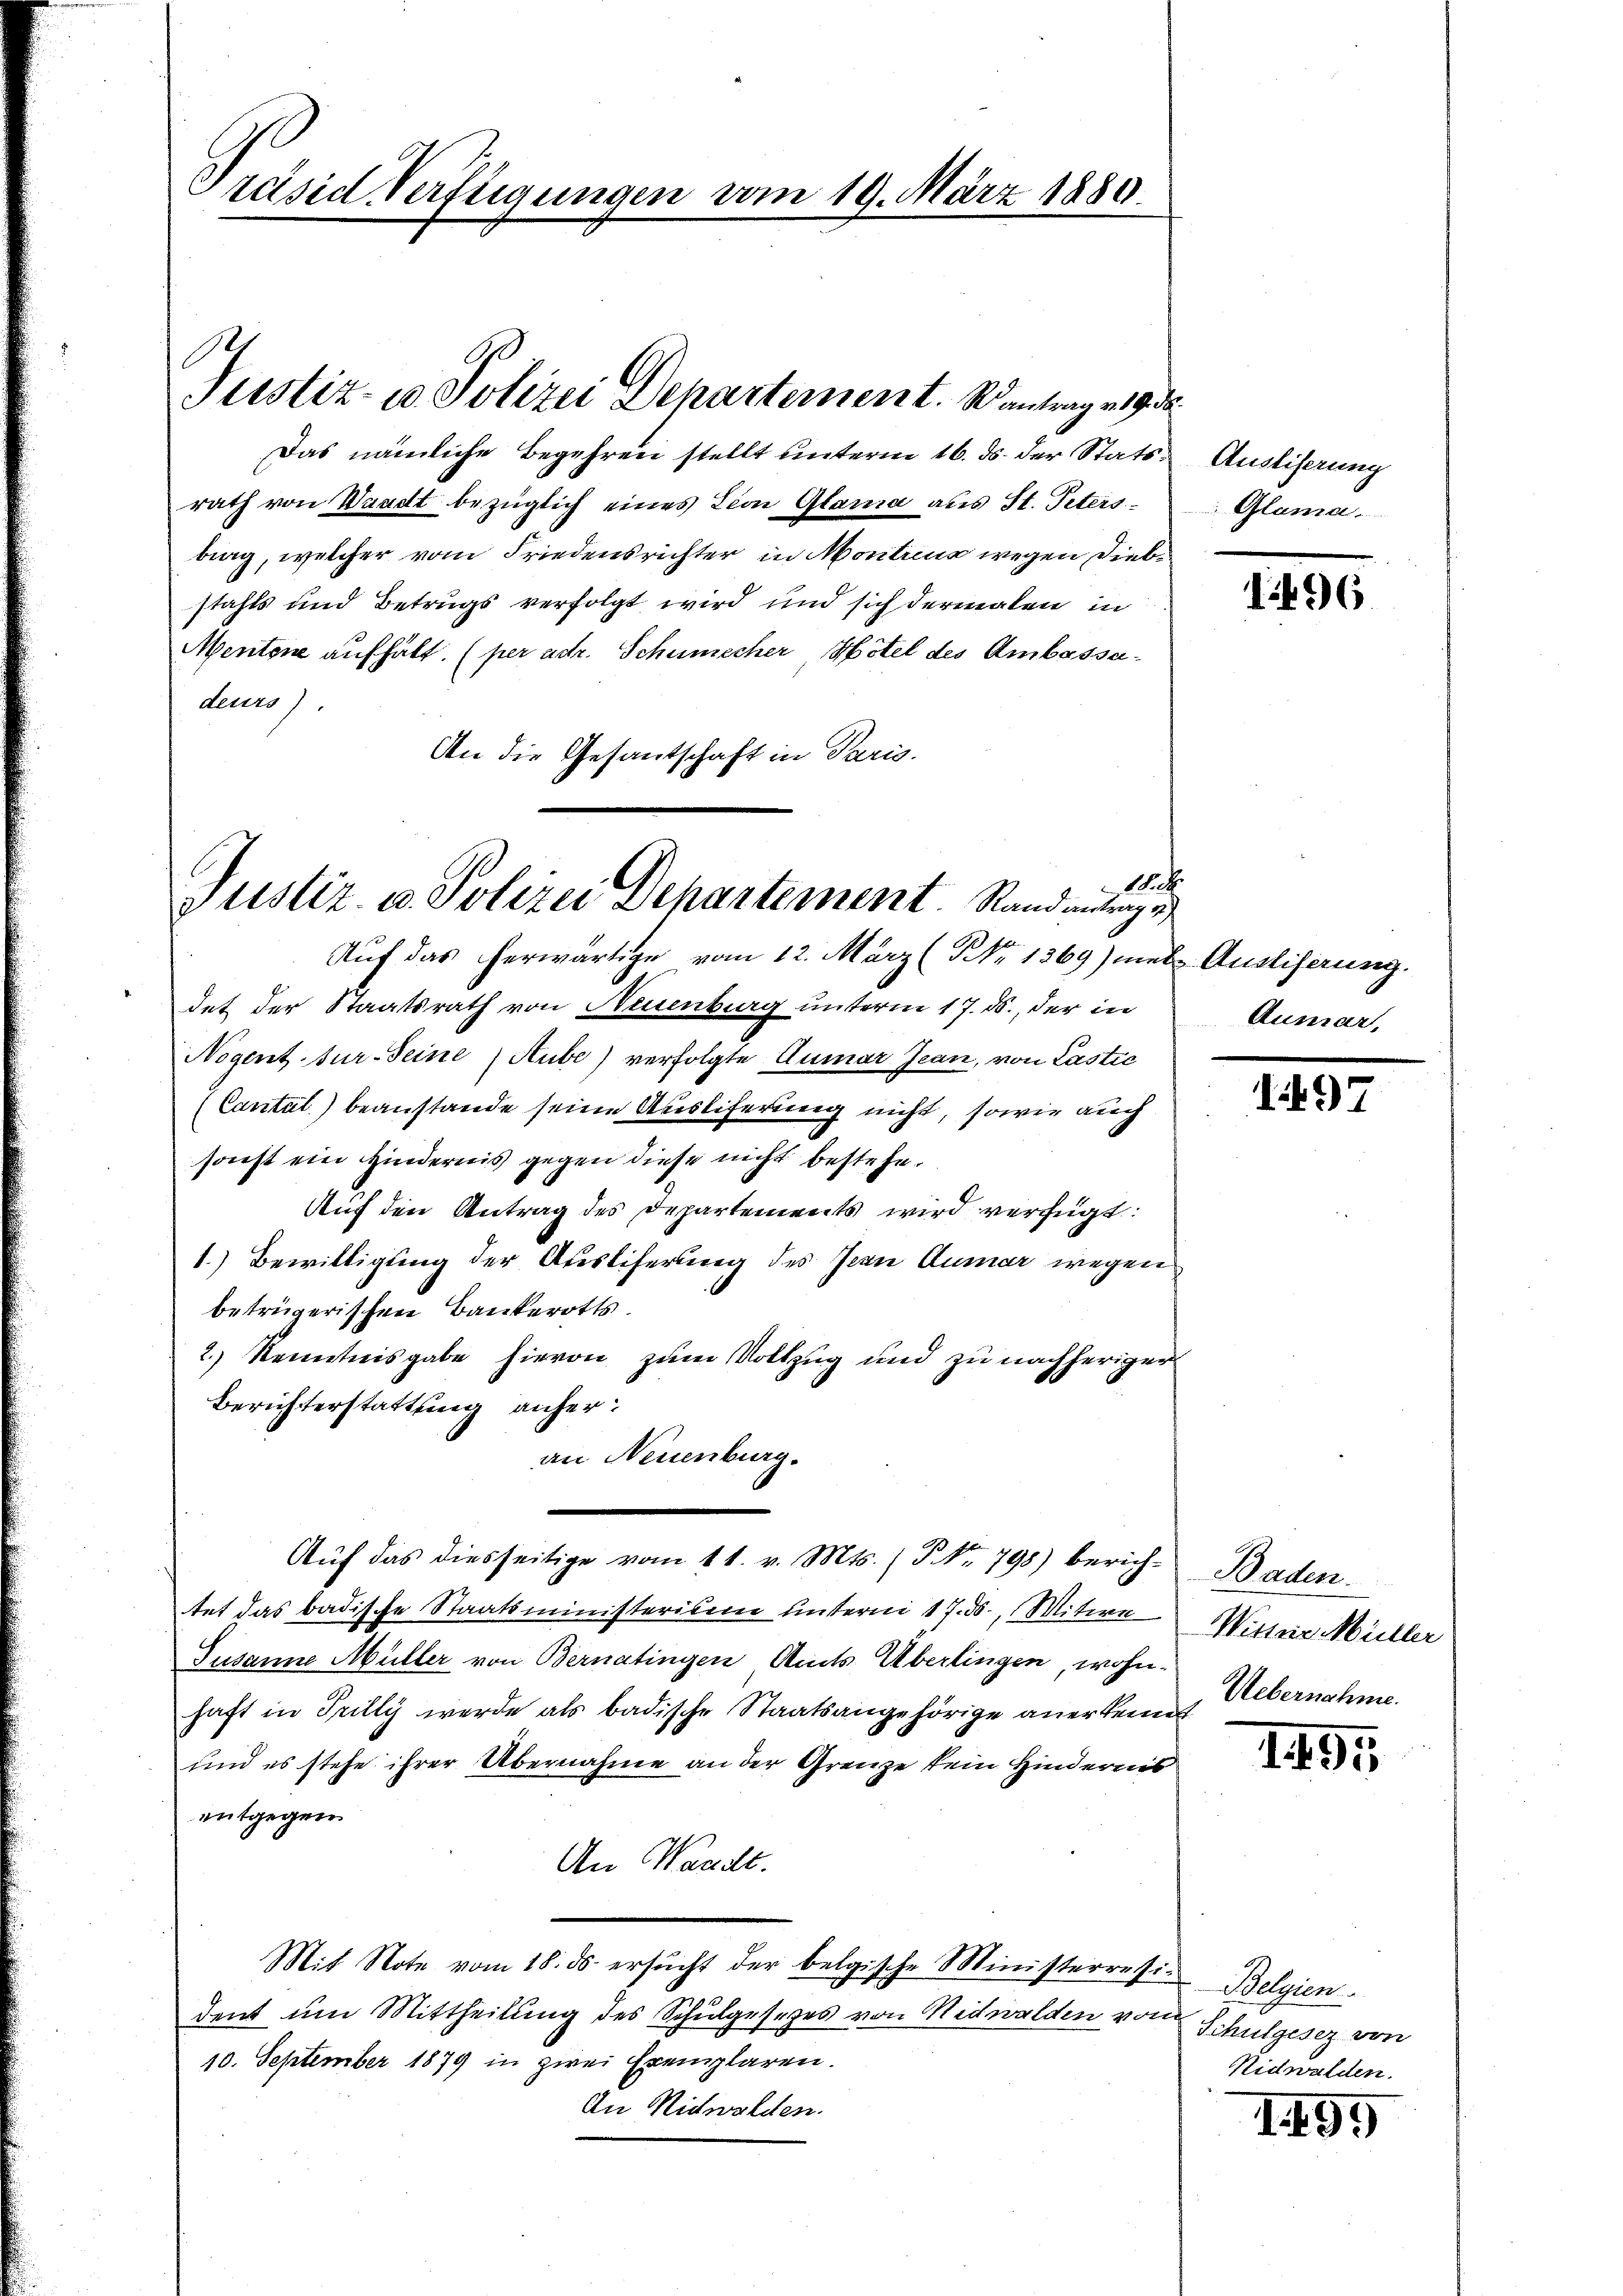
Präsid Verfügungen vom 19. März 1880.

Justiz- u. Polizei Departement. Wantrag 1932.

Das nämliche Begehren stellt unterm 16. ds. der Statsrath von Waadt bezüglich eines Lion Glama aus St. Petersbig, welcher vom Friedensrichter in Montrena wegen Diebstahls und Betrugs verfolgt wird und sich dermalen in
Mentone aufhält. (per adr. Schumacher Hotel des Ambassadeurs).
An die Gesantschaft in Paris.

1.
Justiz- u. Polizei Dehartement Randantrage

Auf das herwärtige vom 12. März (NNo. 1269) mit Ausliserung.
det der Staatsrath von Neuenburg unterm 17. ds., der in
Nogent sur seine Sube) verfolgte Qumar Jean, von Lastic
(Cantal beanstande seine Ausliferung nicht, sowie auch
sonst ein Hindernis gegen diese nicht bestehe.
Auf den Antrag des Departements wird verfügt:
1.) Bewilligung der Ausliferung des Jean Aumar wegen
betrügerischen Bankerotts.
2.) Kenntnisgabe hievon zum Vollzug und zu nachheriger
Berichterstattung anher:
an Neuenburg.
tet das badische Staatsministerium untern 17. ds., Witwe
Susanne Müller von Bernatingen Amts Überlingen, wohn-
haft in Prilly werde als badische Staatsangehörige anerkennt Uebernalen
und es stehe ihrer Übernahme an der Grenze kein Hindernis
entgegen
An Waadt.
Mit Note vom 18. ds. ersŭcht der belgische Ministerresi- Belgien
dent um Mittheilung des Schulgesezes von Nidwalden vom
10. September 1879 in zwei Exemplaren.
An Nidwalden.

Auf das diesseitige vom 11. v. Mts. / NNo. 798) berich-Baden

Ausliserung
Glama.

1496

Ausart,

197

Witter Müller

I495

Schulgesez von
Nidwalden.

1499